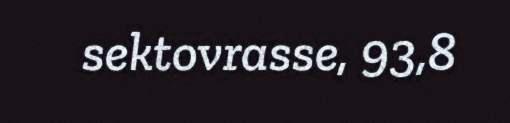
sektovrasse, 93,8